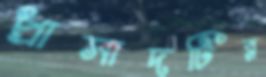
প্রাসাদটির